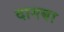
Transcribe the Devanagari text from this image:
दागबा